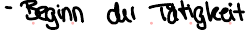
- Beginn der Tätigkeit